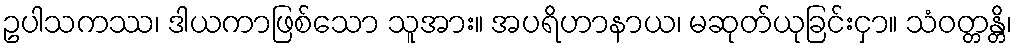
ဥပါသကဿ၊ ဒါယကာဖြစ်သော သူအား။ အပရိဟာနာယ၊ မဆုတ်ယုခြင်းငှာ။ သံဝတ္တန္တိ၊